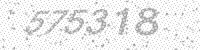
Solution: 575318